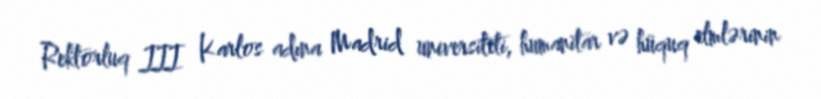
Rektorluq III Karlos adına Madrid universiteti, humanitar və hüquq elmlərinin